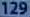
129